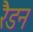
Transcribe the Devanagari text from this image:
रैडन